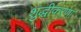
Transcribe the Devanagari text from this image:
शुद्धीकरणा